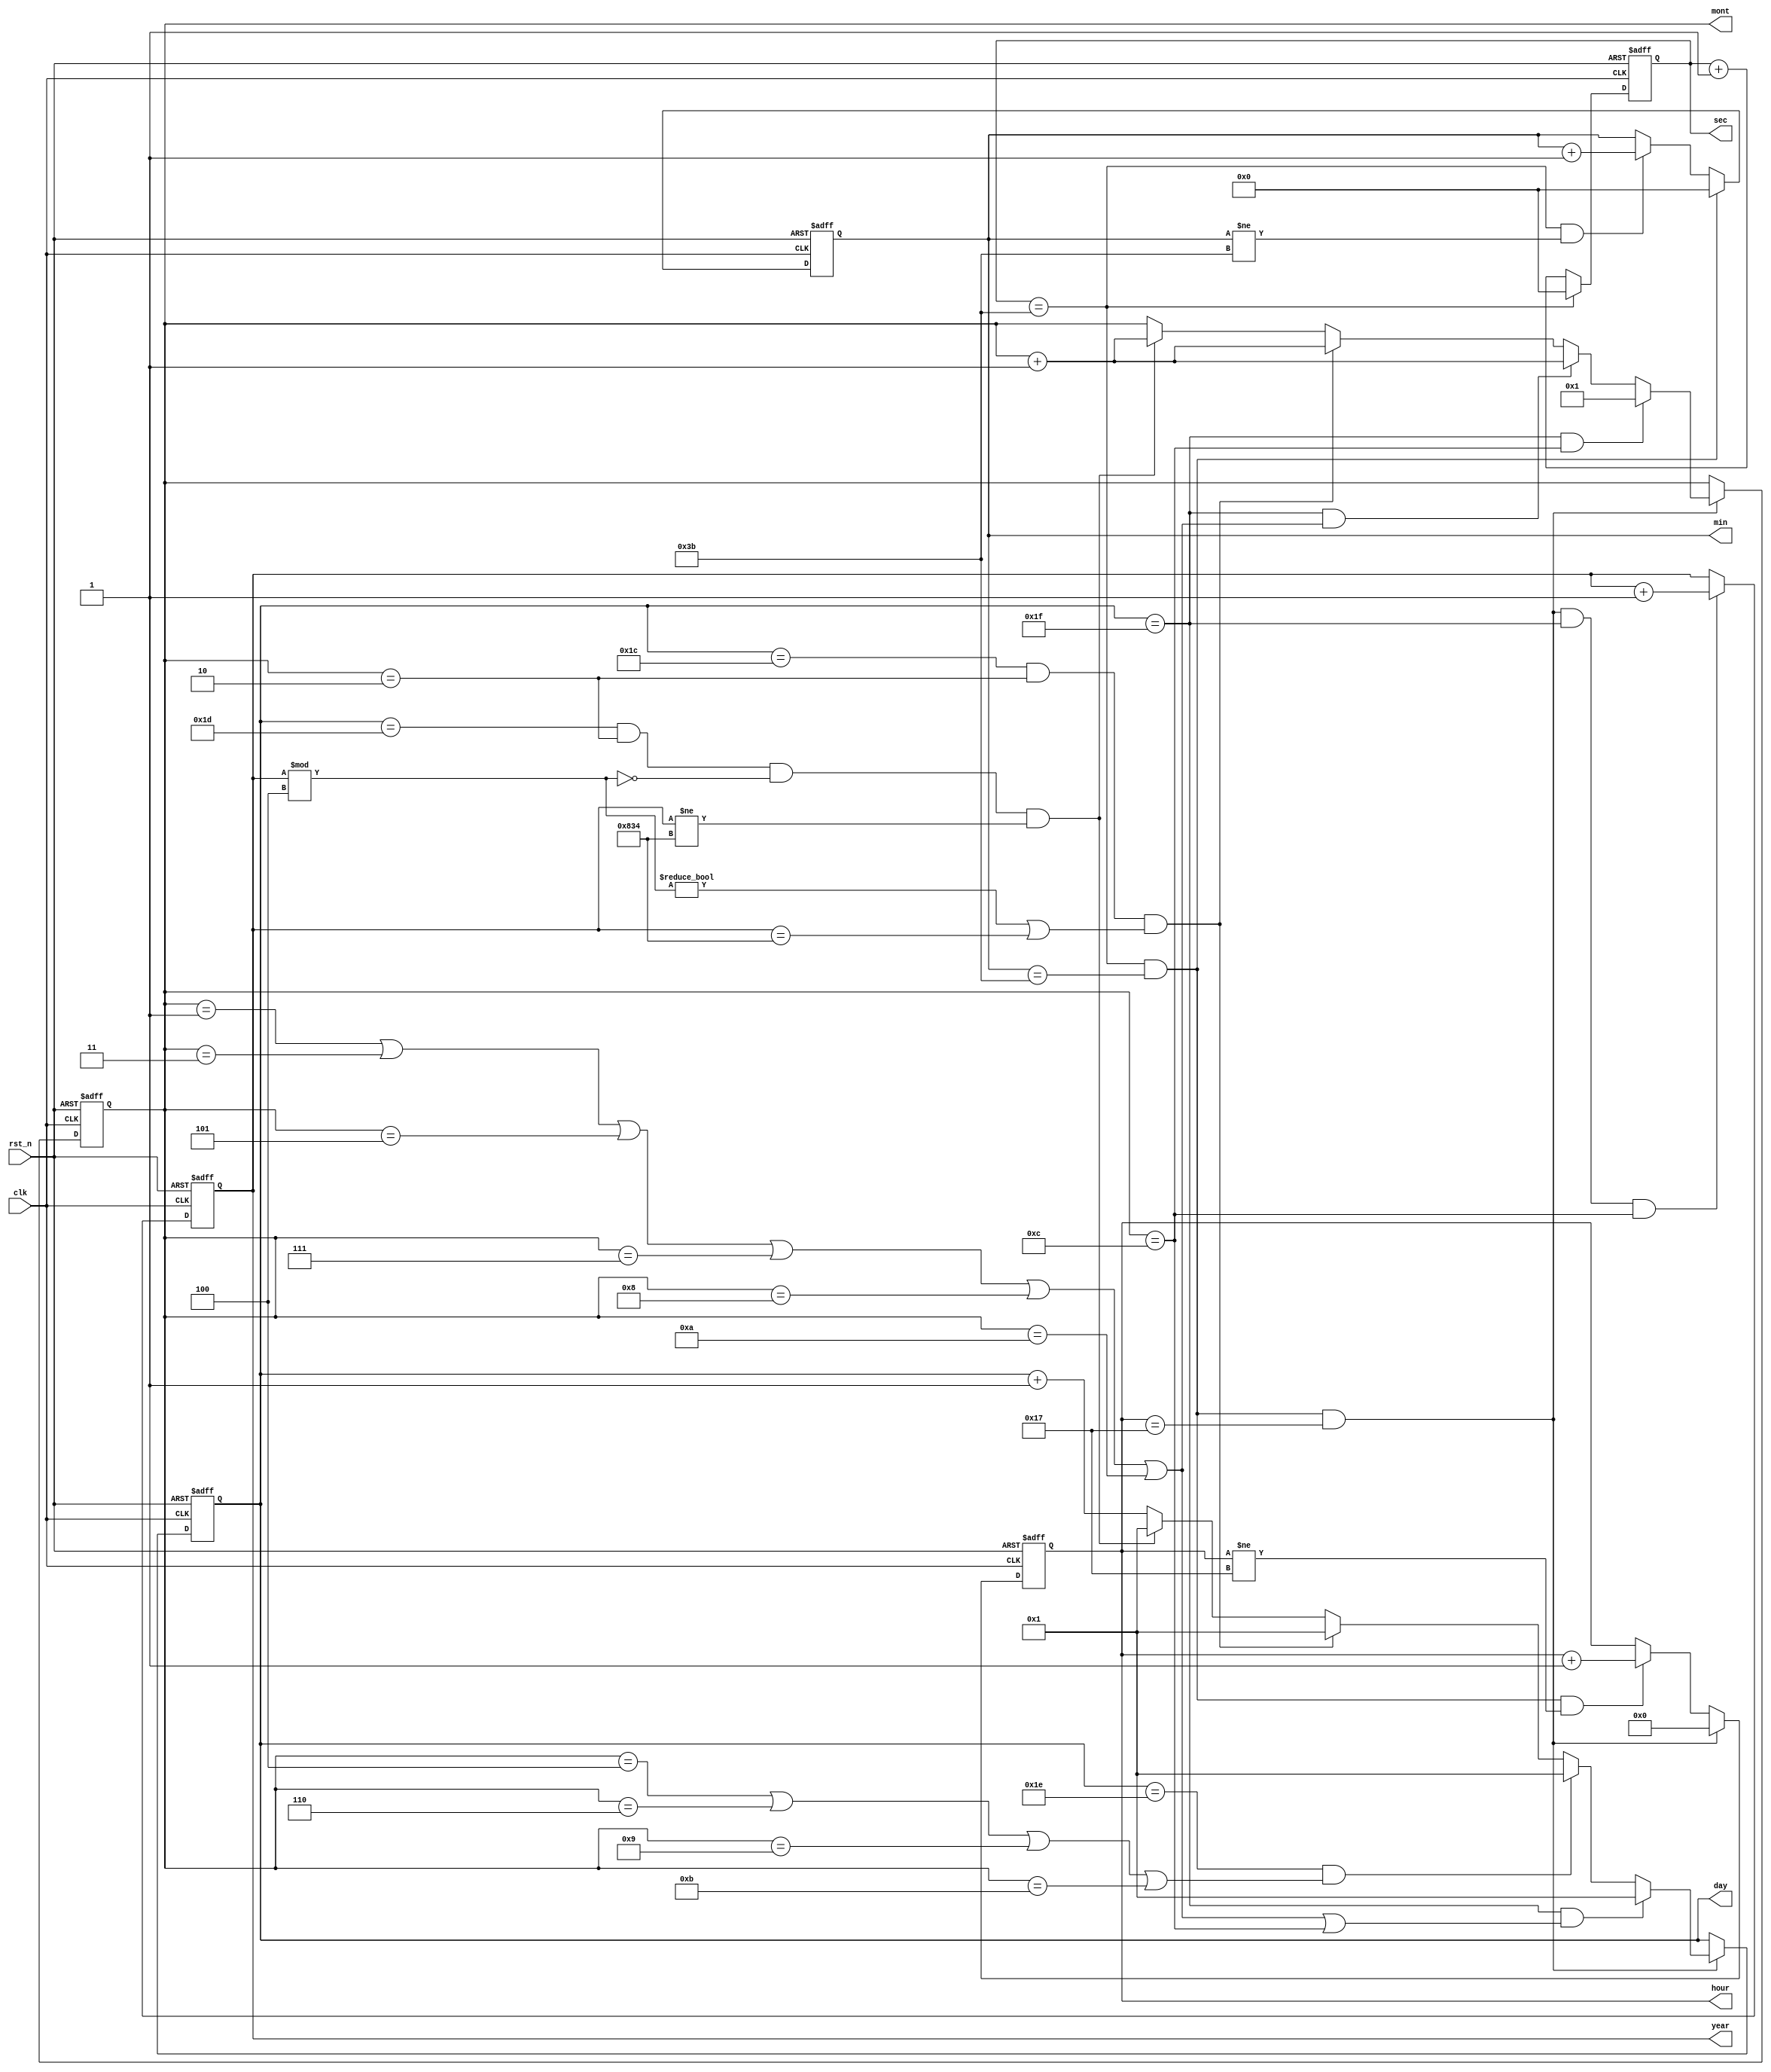
module donghotk(clk, rst_n, sec, min, hour, day, mont, year);
	input				clk;
	input				rst_n;
	output reg [5:0]	sec;
	output reg [5:0]	min;
	output reg [4:0]	hour;
	output reg [4:0]	day;
	output reg [3:0]	mont;
	output reg [12:0]	year;
	
	//initial begin $display("Hello World"); end
	
    always @(posedge clk or negedge rst_n) begin
        if(~rst_n) sec <= 0;
        else begin
            if(sec == 59) sec <= 0;
            else sec <= sec + 1;
        end
    end
    
     always @(posedge clk or negedge rst_n) begin
        if(~rst_n) min <= 0;
        else begin
            if (sec==59 && min==59) min<=0;
            else if (sec==59 && min!=59) min<=min+1;
            else min<=min;
        end
     end
     
     always @(posedge clk or negedge rst_n) begin
        if (~rst_n) hour <= 0;
        else begin
            if (sec==59 && min==59 && hour==23) hour<=0;
            else if (sec==59 && min ==59 && hour!=23) hour<=hour+1;
            else hour<=hour;
        end
     end
     
     always @(posedge clk or negedge rst_n) begin
        if (~rst_n) day <=1;
        else begin
            if (sec==59 && min==59 && hour==23) begin
                if ( day==31 && (mont==1||mont==3||mont==5||mont==7||mont==8||mont==10||mont==12) ) day<=1;
                else if ( day==30 && (mont==4||mont==6||mont==9||mont==11) ) day<=1;
                else if ( day==28 && mont==2 && (year%4!=0 || year==2100) ) day<=1;
                else if ( day==29 && mont==2 && year%4==0 && year!=2100 ) day<=1;
                else day<=day+1;
            end
            else day<=day;
        end
     end
     
    always @(posedge clk or negedge rst_n) begin
        if (~rst_n) mont <=1;
        else begin
            if (sec==59 && min==59 && hour==23) begin
                if (day==31 && mont==12) mont<=1;
                else if ( day==31 && (mont==1||mont==3||mont==5||mont==7||mont==8||mont==10) ) mont<=mont+1;
                else if ( day==28 && mont==2 && (year%4!=0 || year==2100) ) mont<=mont+1;
                else if ( day==29 && mont==2 && year%4==0 && year!=2100 ) mont<=mont+1;
                else mont<=mont;
            end
            else mont<=mont;
        end
    end
    
    always @(posedge clk or negedge rst_n) begin
        if (~rst_n) year<=2001;
        else if (sec==59 && min==59 && hour==23 && day==31 && mont==12) year<=year+1;
        else year<=year;
    end
endmodule